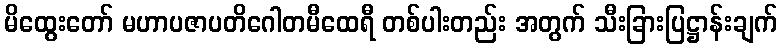
မိထွေးတော် မဟာပဇာပတိဂေါတမီထေရီ တစ်ပါးတည်း အတွက် သီးခြားပြဋ္ဌာန်းချက်